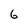
Character: 6